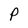
Character: P